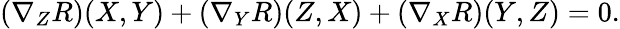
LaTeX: (\nabla_{Z}R)(X,Y)+(\nabla_{Y}R)(Z,X)+(\nabla_{X}R)(Y,Z)=0.